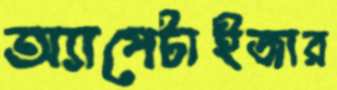
অ্যাপেটাইজার